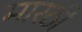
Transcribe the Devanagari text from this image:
मारठी